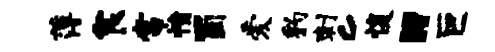
薄食常愤蜀爱豹刺c愎“巨